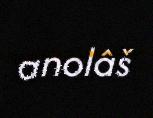
anolâš